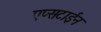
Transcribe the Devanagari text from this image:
एप्सटाईन